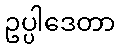
ဥပ္ပါဒေတာ